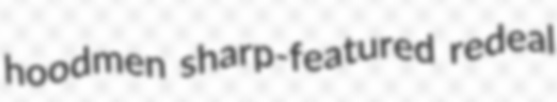
hoodmen sharp-featured redeal